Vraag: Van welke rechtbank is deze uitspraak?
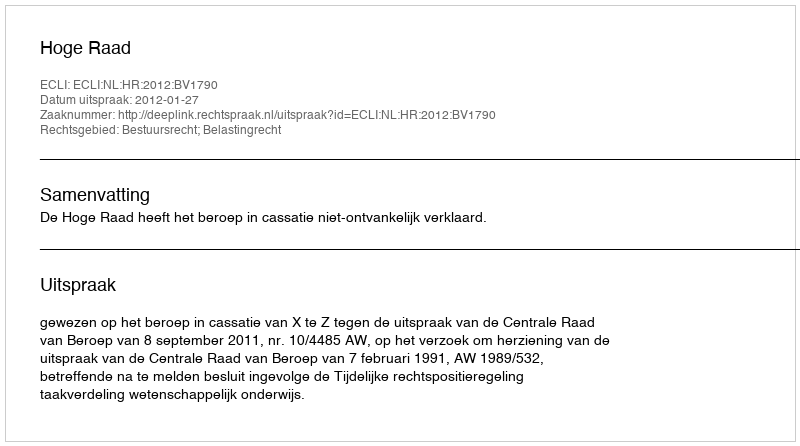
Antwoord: Hoge Raad